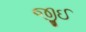
જીઈ